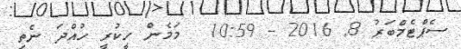
ސެޕްޓެމްބަރު 8